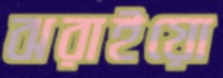
ঝরাইয়ো